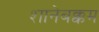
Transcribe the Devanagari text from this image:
शानेबक्कम